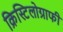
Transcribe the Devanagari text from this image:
क्रिस्टिलोग्राफी